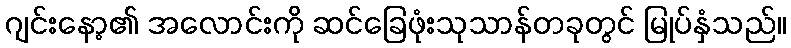
ဂျင်းနော့၏ အလောင်းကို ဆင်ခြေဖုံးသုသာန်တခုတွင် မြုပ်နှံသည်။